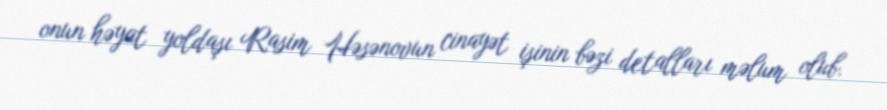
onun həyat yoldaşı Rasim Həsənovun cinayət işinin bəzi detalları məlum olub.